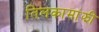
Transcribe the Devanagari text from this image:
तिलकामांझी